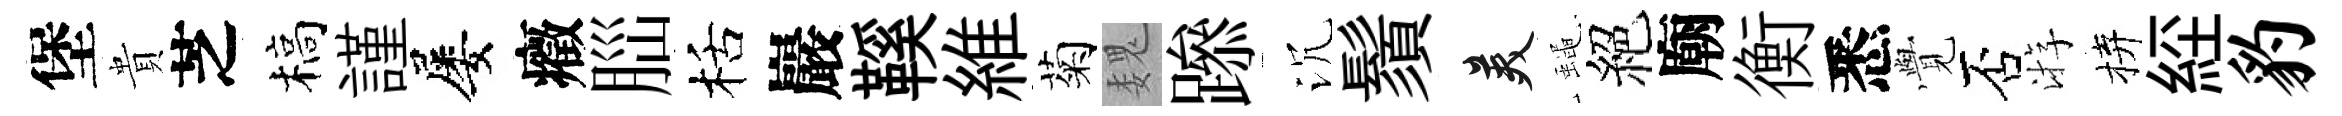
堡貴芝槁謹屡癥𦛁栝巖鞵維菊魏𨅶沉鬚美蠅絕廟衡悉𮗜否㳺拚𦀇豹